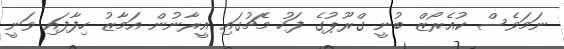
ނަމަވެސް ކުއެރޯޒް ބުނީ ގްރޫޕުގެ ފަހު މެޗުގައި އީރާނުން އަމާޒު ހިފާފައި ވަނީ